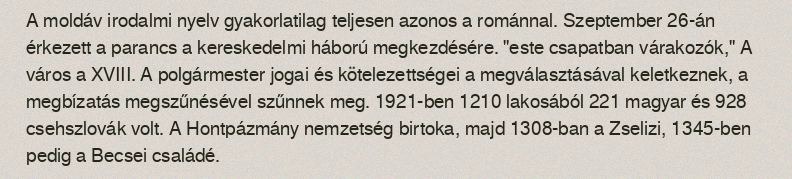
A moldáv irodalmi nyelv gyakorlatilag teljesen azonos a románnal. Szeptember 26-án érkezett a parancs a kereskedelmi háború megkezdésére. "este csapatban várakozók," A város a XVIII. A polgármester jogai és kötelezettségei a megválasztásával keletkeznek, a megbízatás megszűnésével szűnnek meg. 1921-ben 1210 lakosából 221 magyar és 928 csehszlovák volt. A Hontpázmány nemzetség birtoka, majd 1308-ban a Zselizi, 1345-ben pedig a Becsei családé.